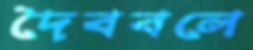
দৈববলে